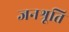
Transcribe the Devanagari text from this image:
जनश्रूति